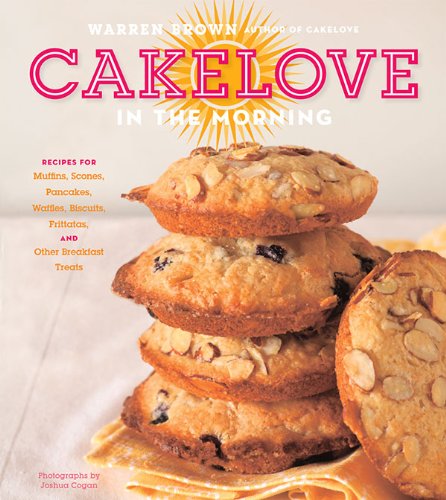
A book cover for CakeLove in the Morning: Recipes for Muffins, Scones, Pancakes, Waffles, Biscuits, Frittatas, and Other Breakfast Treats; Warren Brown; Cookbooks, Food & Wine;